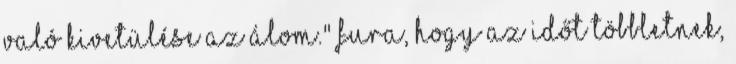
való kivetülése az álom." Fura, hogy az időt többletnek,